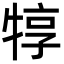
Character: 犉